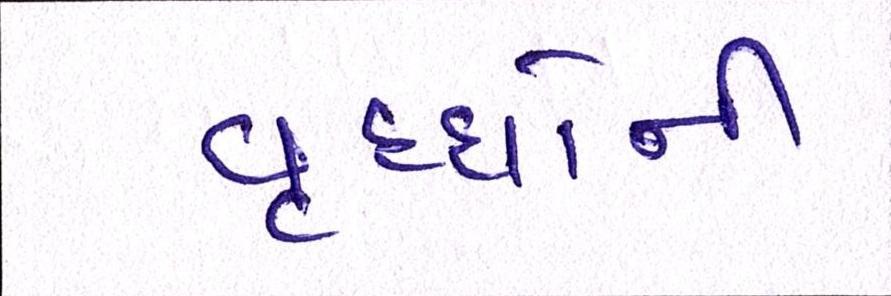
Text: વૃધ્ધોની